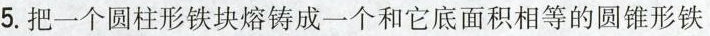
5.把一个圆柱形铁块熔铸成一个和它底面积相等的圆锥形铁